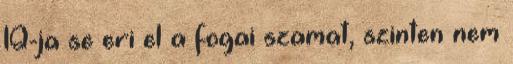
IQ-ja se eri el a fogai szamat, szinten nem